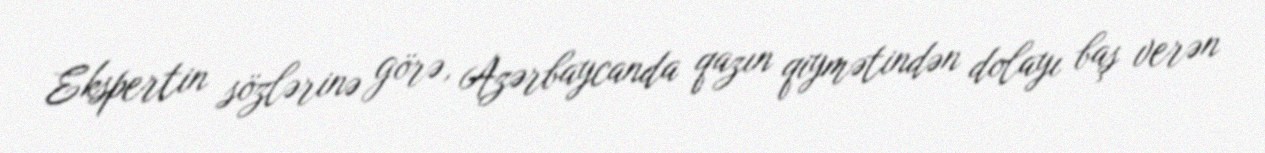
Ekspertin sözlərinə görə, Azərbaycanda qazın qiymətindən dolayı baş verən